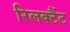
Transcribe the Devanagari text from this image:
रिलक्टैंट